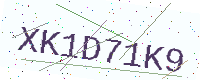
Text: XK1D71K9